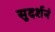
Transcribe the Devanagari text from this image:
सुदर्शनं